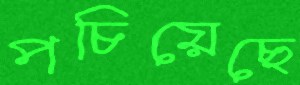
পচিয়েছে